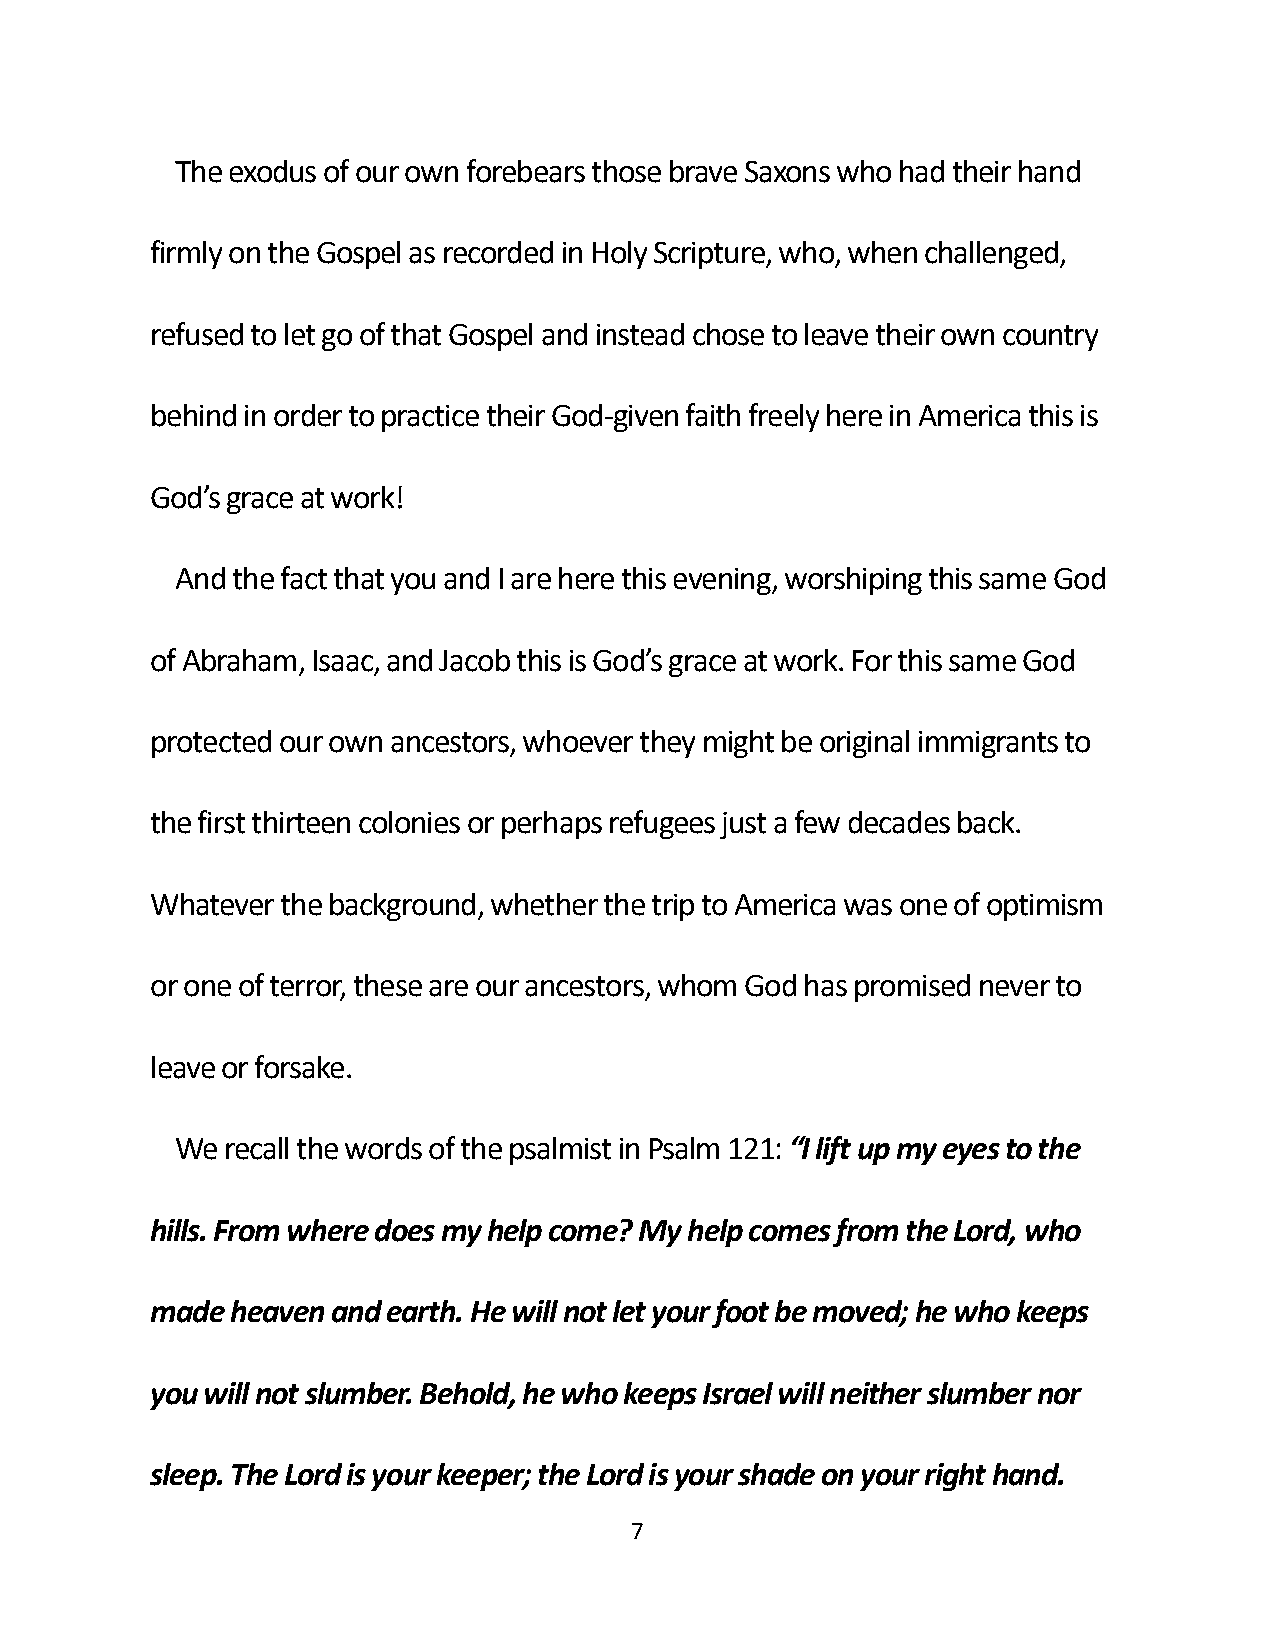
The exodus of our own forebears those brave Saxons who had their hand
 firmly on the Gospel as recorded in Holy Scripture, who, when challenged,
 refused to let go of that Gospel and instead chose to leave their own country
 behind in order to practice their God-given faith freely here in America this is
 God’s grace at work!
 And the fact that you and I are here this evening, worshiping this same God
 of Abraham, Isaac, and Jacob this is God’s grace at work. For this same God
 protected our own ancestors, whoever they might be original immigrants to
 the first thirteen colonies or perhaps refugees just a few decades back.
 Whatever the background, whether the trip to America was one of optimism
 or one of terror, these are our ancestors, whom God has promised never to
 leave or forsake.
 We recall the words of the psalmist in Psalm 121: “I lift up my eyes to the
 hills. From where does my help come? My help comes from the Lord, who
 made heaven and earth. He will not let your foot be moved; he who keeps
 you will not slumber. Behold, he who keeps Israel will neither slumber nor
 sleep. The Lord is your keeper; the Lord is your shade on your right hand.
 7